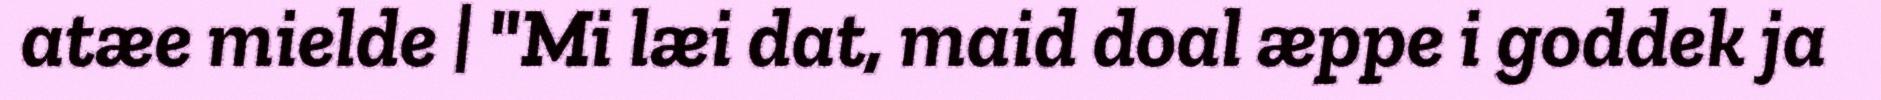
atæe mielde | "Mi læi dat, maid doal æppe i goddek ja